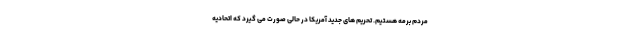
مردم برمه هستیم. تحریم های جدید آمریکا در حالی صورت می گیرد که اتحادیه